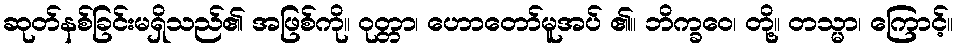
ဆုတ်နစ်ခြင်းမရှိသည်၏ အဖြစ်ကို။ ဝုတ္တာ၊ ဟောတော်မူအပ် ၏။ ဘိက္ခဝေ၊ တို့။ တသ္မာ၊ ကြောင့်။